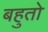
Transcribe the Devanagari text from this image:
बहुतो